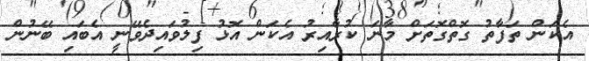
އެކަން ތަފާތު ގޮތްގޮތަށް މާނަ ކުރާއިރު އެކަން އޮޅު ފިލުވައިދެވޭނީ އެބައި ބޭނުން